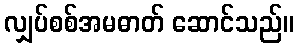
လျှပ်စစ်အမဓာတ် ဆောင်သည်။